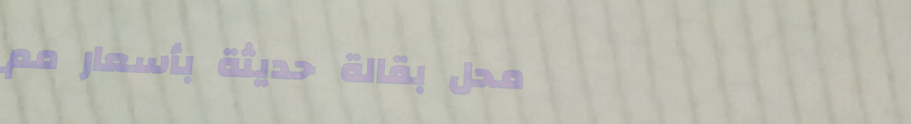
محل بقالة حديثة بأسعار مم